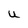
Character: u